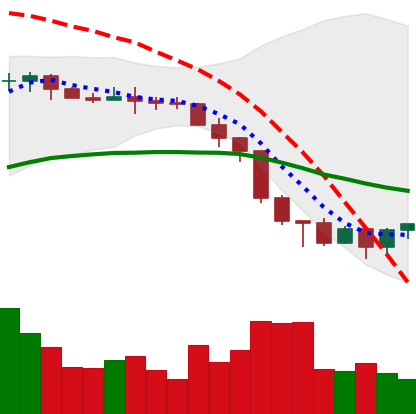
Ticker: XMR-USD
Chart end date: 2022-06-20
Forward return: 8.682%
Label: up_7plus